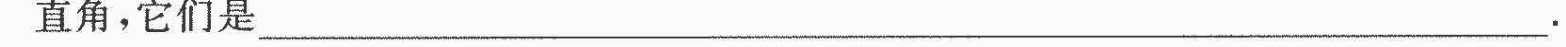
直角，它们是___.